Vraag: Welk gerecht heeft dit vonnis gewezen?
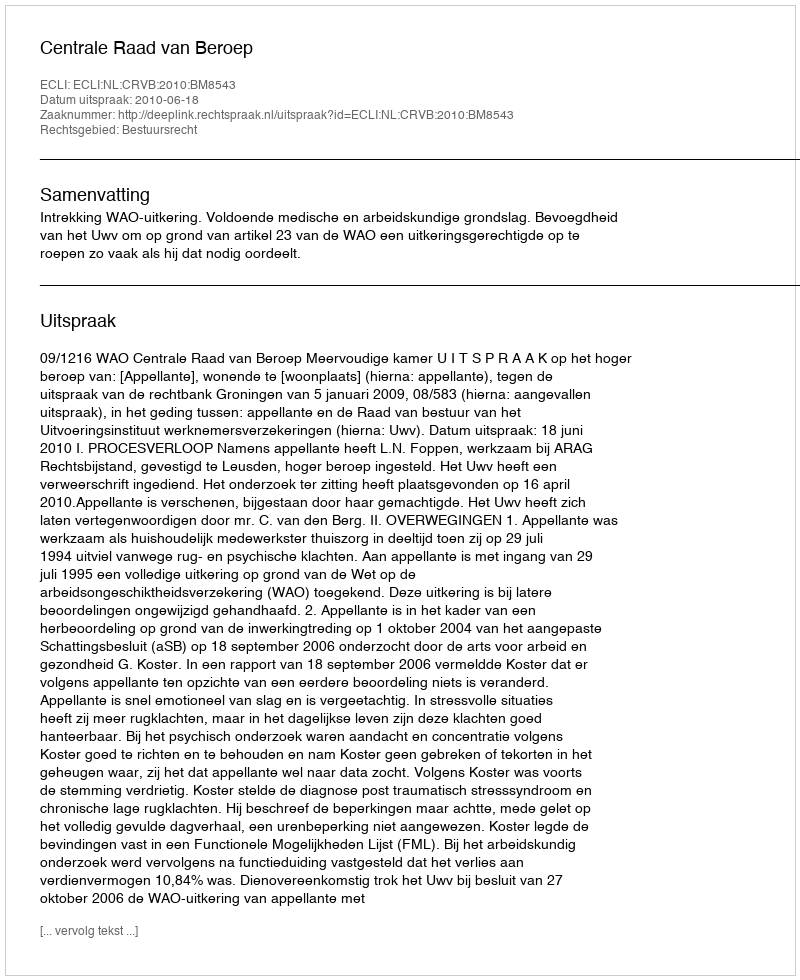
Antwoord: Centrale Raad van Beroep